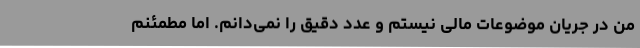
من در جریان موضوعات مالی نیستم و عدد دقیق را نمی‌دانم. اما مطمئنم